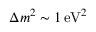
\Delta m ^ { 2 } \sim 1 \, { \mathrm { e V } } ^ { 2 }